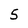
Character: 5